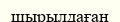
шырылдаған